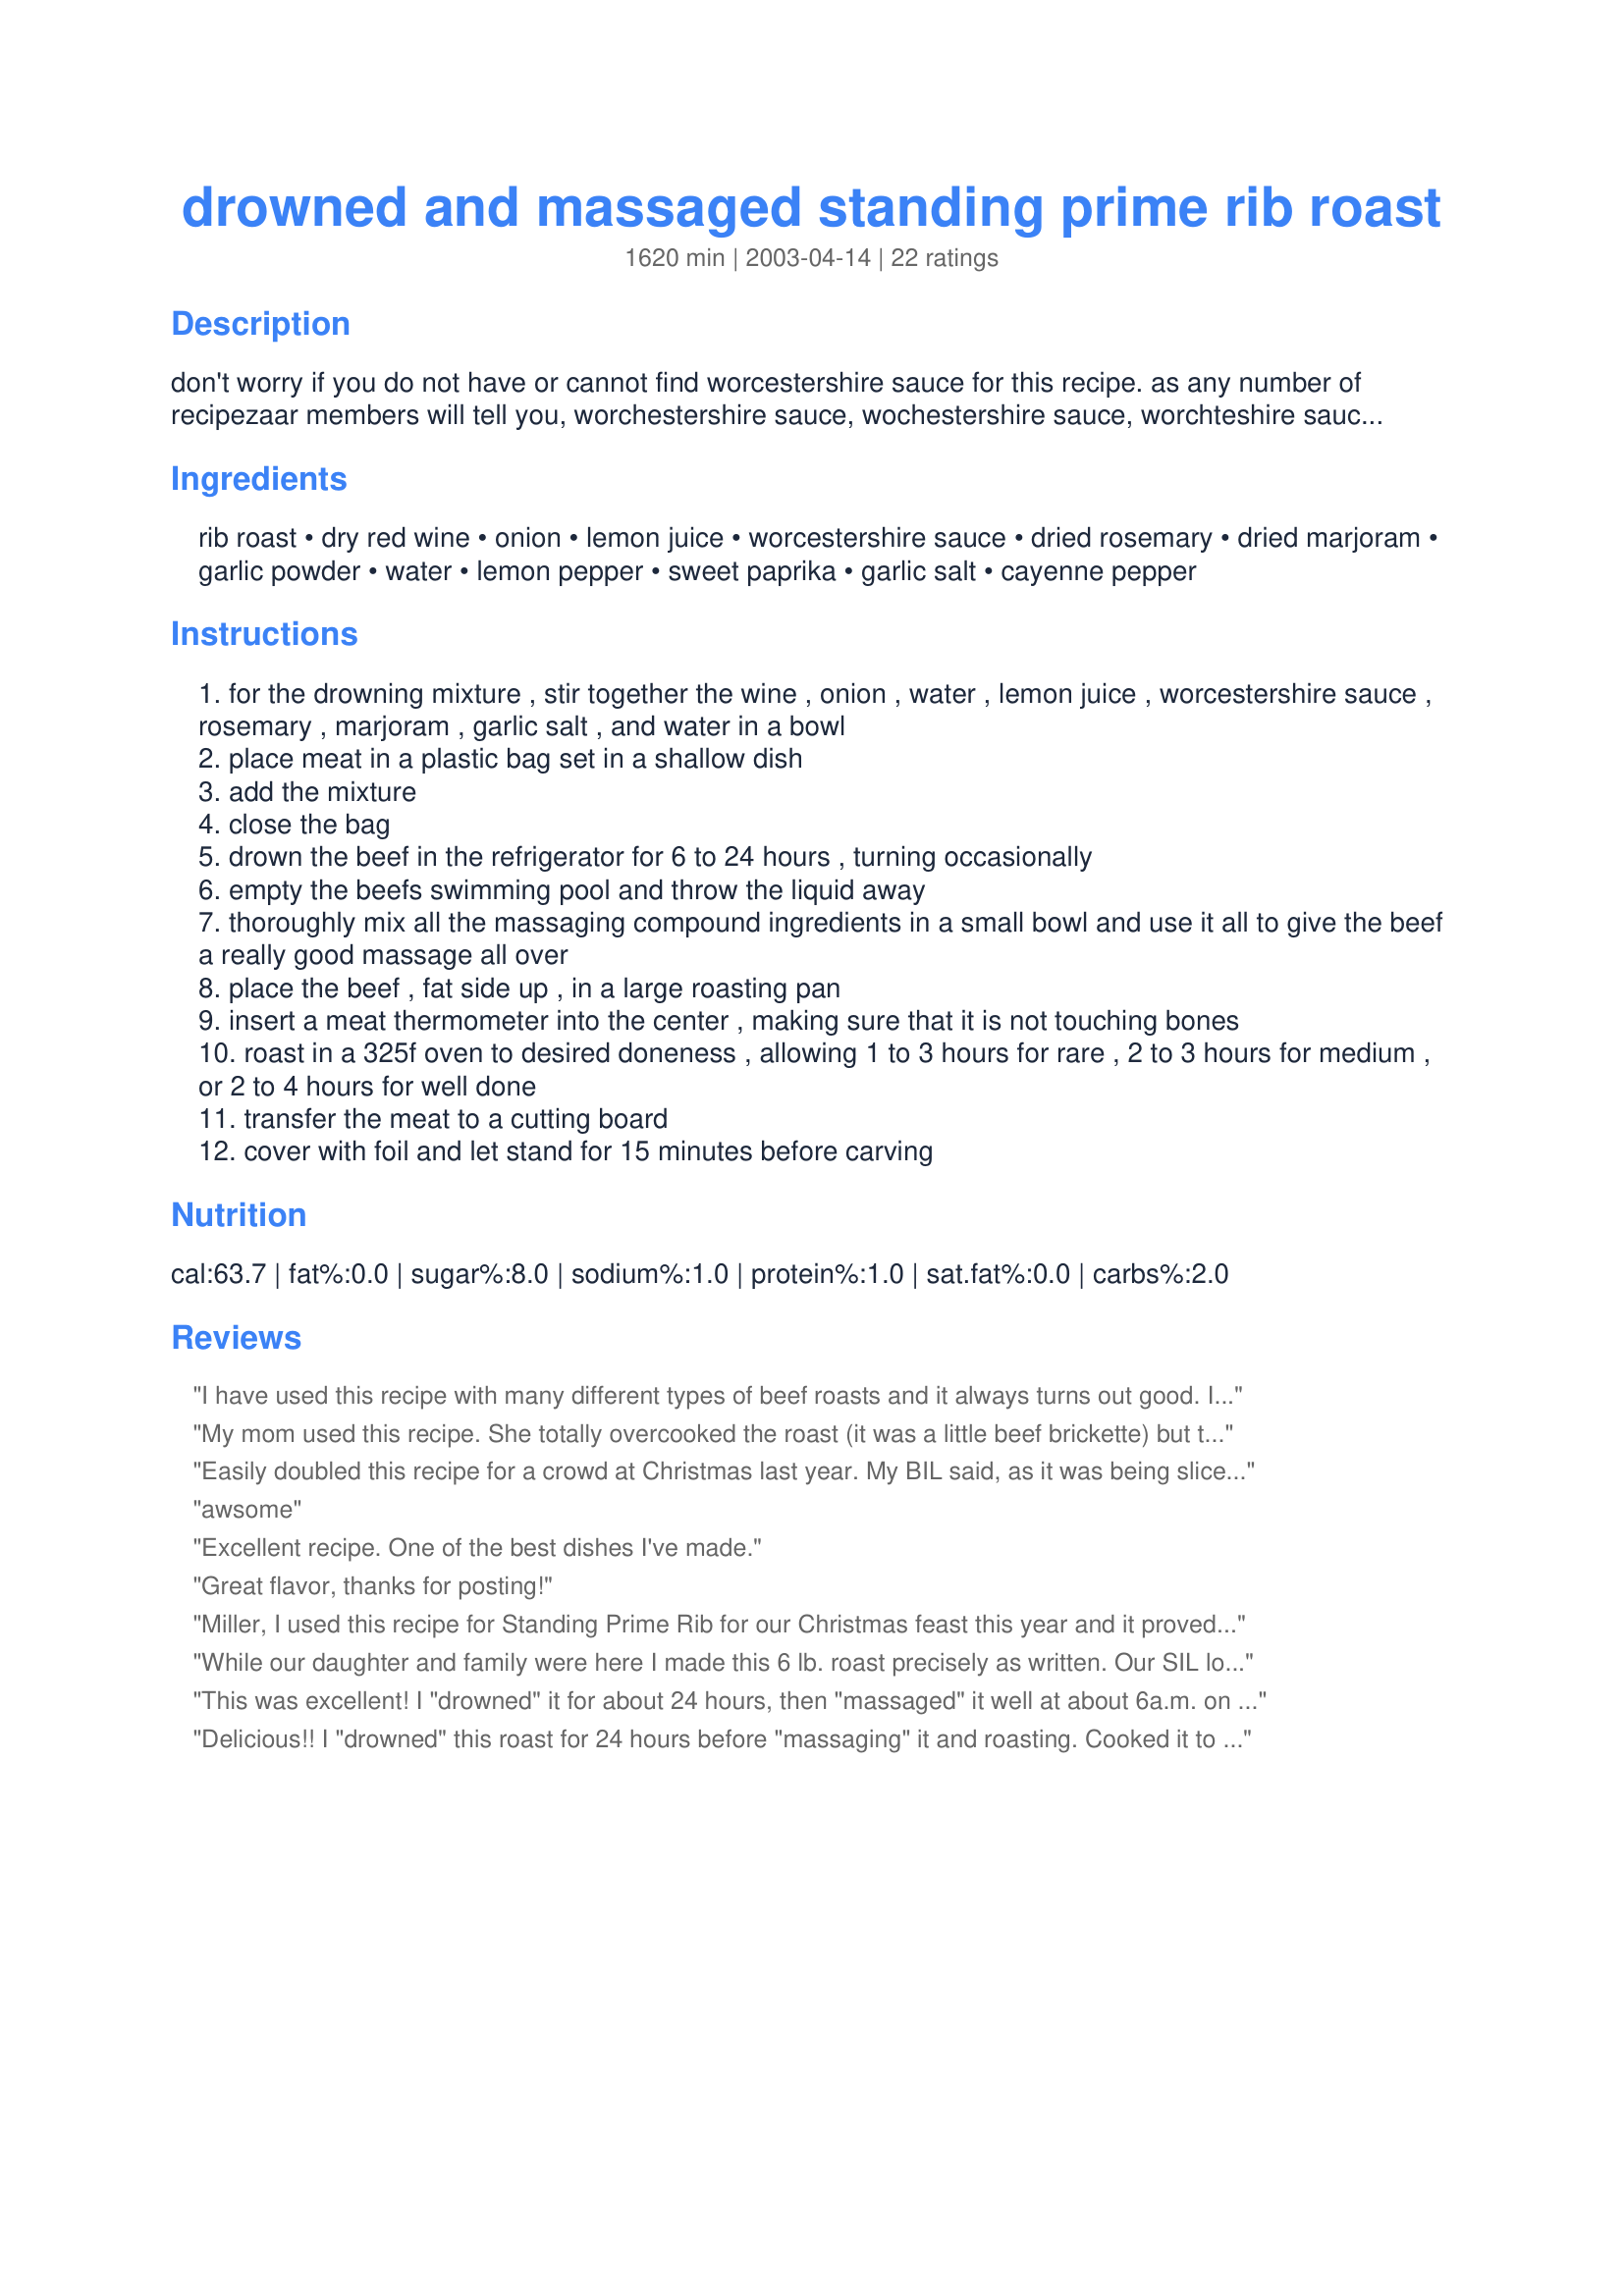
drowned and massaged standing prime rib roast
Preparation time: 1620 minutes

don't worry if you do not have or cannot find worcestershire sauce for this recipe. as any number of recipezaar members will tell you, worchestershire sauce, wochestershire sauce, worchteshire sauce, worchestire sauce, worcesershire sauce, worstershire sauce, worschesteshire sauce, worstchestershire sauce, worsheshire sauce, wocestershire sauce, whorcestershire sauce, worcesershire sauce, worcestshire souce, worcheshire sauce, worchesthire sauce, worchester sauce, worc. sauce or even w sauce will work just fine.

Ingredients:
rib roast, dry red wine, onion, lemon juice, worcestershire sauce, dried rosemary, dried marjoram, garlic powder, water, lemon pepper, sweet paprika, garlic salt, cayenne pepper

Steps:
for the drowning mixture , stir together the wine , onion , water , lemon juice , worcestershire sauce , rosemary , marjoram , garlic salt , and water in a bowl
place meat in a plastic bag set in a shallow dish
add the mixture
close the bag
drown the beef in the refrigerator for 6 to 24 hours , turning occasionally
empty the beefs swimming pool and throw the liquid away
thoroughly mix all the massaging compound ingredients in a small bowl and use it all to give the beef a really good massage all over
place the beef , fat side up , in a large roasting pan
insert a meat thermometer into the center , making sure that it is not touching bones
roast in a 325f oven to desired doneness , allowing 1 to 3 hours for rare , 2 to 3 hours for medium , or 2 to 4 hours for well done
transfer the meat to a cutting board
cover with foil and let stand for 15 minutes before carving

Reviews:
I have used this recipe with many different types of beef roasts and it always turns out good. I have always used whatever wine we have open, so I can tell you it also works well with any wine that you like to drink. The toughest cuts of meat are completely tenderized by the drowning mixture within 24 hours. We use this so much that I have modified it for the crock pot for the days when I can't be at home to get it in the oven on time.
My mom used this recipe. She totally overcooked the roast (it was a little beef brickette) but the flavours were so good! I'll have to try this one again!
Easily doubled this recipe for a crowd at Christmas last year. My BIL said, as it was being sliced to reveal a perfect med-rare, "That's the best looking piece of meat I've ever seen." Doing it again this Christmas with a 12 pounder.
awsome
Excellent recipe. One of the best dishes I've made.
Great flavor, thanks for posting!
Miller, I used this recipe for Standing Prime Rib for our Christmas feast this year and it proved to be excellent! Beginning in the AM, I allowed the beef to marinate for 8 hours before using your rub mixture. This combination of herbs and spices is excellent for roast beef. The fragrance of this roast in the oven is truly incredible! I did however miss the salt, so next time I will use the garlic salt instead of garlic powder. I have also used your "Massaging Compound" in this recipe for other cuts of roast beef, and it proves to be just as wonderful every way I try it. This recipe will go into my permanent collection.
While our daughter and family were here I made this 6 lb. roast precisely as written. Our SIL loves prime rib and asked for the recipe. I added quartered potatoes, celery, carrots and onions around the roast with a sprinkling of salt, pepper, and Italian seasoning the last hour of cooking. The roast was done at medium rare before the vegetables were roasted so I simply pulled it, covered with aluminum foil and pumped the oven temperature up to 425F. With a green salad, good bottle of red wine and family together, it made for a perfect meal and evening. Thanks for posting Mille. We will have this again!
This was excellent! I "drowned" it for about 24 hours, then "massaged" it well at about 6a.m. on Sunday morning. I had a 7 pound rib roast, and we like it well done. I let it roast until 11:15, after church. My parents were very impressed! Thanks.
Delicious!! I "drowned" this roast for 24 hours before "massaging" it and roasting. Cooked it to medium. (My 4 lb. roast took about 2.5 hours.)
I was hoping for leftovers for sandwiches today, but no such luck. Next time I will be making a larger roast and hiding some of it before serving to guests! :) Thanks, Miller! 

Made me feel like a 5 star cook! I used hot paprika (what I had)so regular pepper instead of cayenne. I thought it worked out great. Had a nice kick.
This prime rib recipe is wonderful! We loved the flavors of the "bath" and the rub. I was a little disappointed that the meat wasn't as tender as I'd hoped (after 24 hours in the bath), but it might have been the quality of my meat...? idk? Regardless, the dh and I would definitely recommend this recipe if you're looking for high-end restaurant quality prime rib!
Not good. Followed the recipe exactly. The wine overpowered all other flavors, though the meat was very tender.
didn't have time to drown it for so long,but it was still delicous,can't imagine how good it would have been if i started the night before, which i will do the next time i make it for a special occassion
This was amazing. Made it for Christmas dinner and everyone raved. Great flavor, not overpowering, just perfect. Thanks for the recipe!!!
This was very tasty and simple to prepare. Definately something I'd make again.
My hubby made this. We thought it was really good, but he thought that if he cut a few slits in the meat and put some of the rub in the holes it would give it a little more flavor. It was still reallllllllly good though!
Loved it:) Nice and juicy, but the marinade and rub did not overpower the taste of the meat.
WOW! This is now our new Christmas dinner tradition. Delicious! I overcooked it slightly... went for the medium temp and it seems to have cooked a bit more as it "rested". Next time, and believe me, there WILL be a next time, I will go for the rare temp. I allowed my roast to "swim" over night and then gave it a good massage right before roasting (and YES, I did hear it moan slightly in pleasure!). Thanks for a fantastic recipe!
I made this for New Year's Eve, and even my very picky 10 year old loved it. I didn't have an especially dry red wine, so I used a semi-dry cabernet.
This had wonderful flavor made Twice Baked Potatoes #25502 to go with it for hubby's birthday, he said he enjoyed it more than going out. Thanks Mille for another great recipe.
One of the most FUN recipes I have come across in a long time!!!
